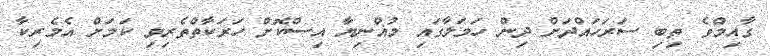
ގާއިމްވެ ތިބި ސަރަހައްދަށް ދިން ހަމަލާގައި މުޣްނިޔާ އިސްކޮށް ހަރަކާތްތެރިވި ކަމަށް އެމެރިކާ